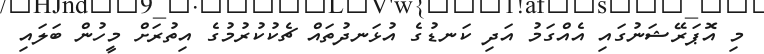
މި އޮޕަރޭޝަނުގައި އެއްގަމު އަދި ކަނޑުގެ އުޅަނދުތައް ޗެކުކުރުމުގެ އިތުރަށް މީހުން ބަލައި